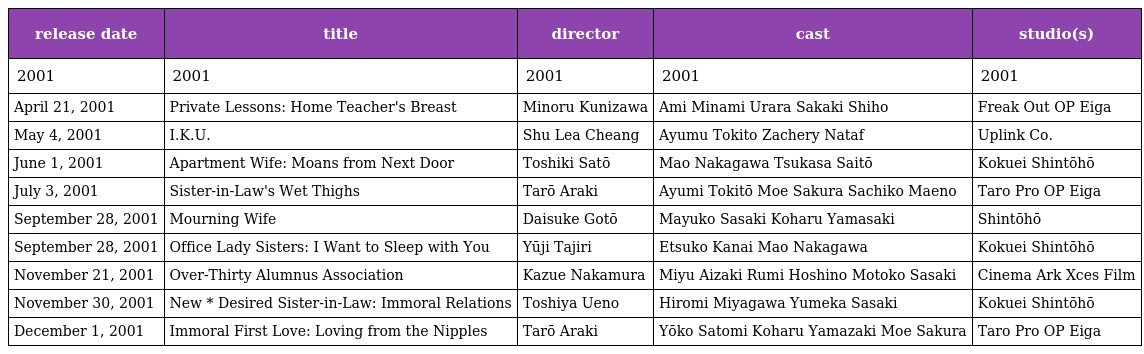
| release date | title | director | cast | studio(s) |
 | --- | --- | --- | --- | --- |
 | 2001 | 2001 | 2001 | 2001 | 2001 |
 | April 21, 2001 | Private Lessons: Home Teacher's Breast | Minoru Kunizawa | Ami Minami Urara Sakaki Shiho | Freak Out OP Eiga |
 | May 4, 2001 | I.K.U. | Shu Lea Cheang | Ayumu Tokito Zachery Nataf | Uplink Co. |
 | June 1, 2001 | Apartment Wife: Moans from Next Door | Toshiki Satō | Mao Nakagawa Tsukasa Saitō | Kokuei Shintōhō |
 | July 3, 2001 | Sister-in-Law's Wet Thighs | Tarō Araki | Ayumi Tokitō Moe Sakura Sachiko Maeno | Taro Pro OP Eiga |
 | September 28, 2001 | Mourning Wife | Daisuke Gotō | Mayuko Sasaki Koharu Yamasaki | Shintōhō |
 | September 28, 2001 | Office Lady Sisters: I Want to Sleep with You | Yūji Tajiri | Etsuko Kanai Mao Nakagawa | Kokuei Shintōhō |
 | November 21, 2001 | Over-Thirty Alumnus Association | Kazue Nakamura | Miyu Aizaki Rumi Hoshino Motoko Sasaki | Cinema Ark Xces Film |
 | November 30, 2001 | New * Desired Sister-in-Law: Immoral Relations | Toshiya Ueno | Hiromi Miyagawa Yumeka Sasaki | Kokuei Shintōhō |
 | December 1, 2001 | Immoral First Love: Loving from the Nipples | Tarō Araki | Yōko Satomi Koharu Yamazaki Moe Sakura | Taro Pro OP Eiga |